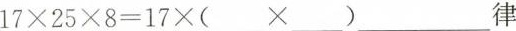
$$17\times 25\times 8=17\times (___\times ___)$$__律